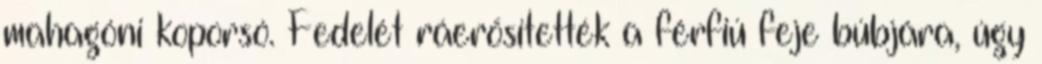
mahagóni koporsó. Fedelét ráerősítették a férfiú feje búbjára, úgy